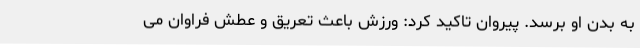
به بدن او برسد. پیروان تاکید کرد: ورزش باعث تعریق و عطش فراوان می